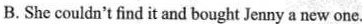
B.She couldn't find it and bought Jenny a new one.